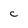
Character: C